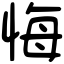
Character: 悔